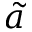
\widetilde { a }